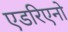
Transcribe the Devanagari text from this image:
एडरिएनो